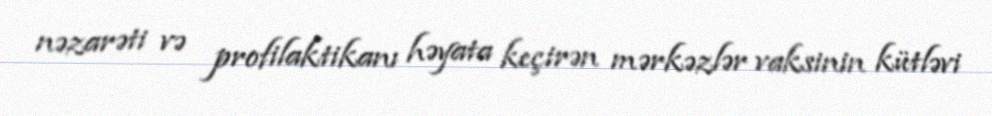
nəzarəti və profilaktikanı həyata keçirən mərkəzlər vaksinin kütləvi